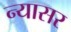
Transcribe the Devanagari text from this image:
न्यासर